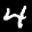
Label: 4